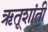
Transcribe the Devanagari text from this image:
ऋतूशांती